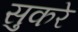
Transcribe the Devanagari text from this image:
सुकरे